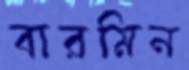
বারমিন